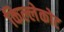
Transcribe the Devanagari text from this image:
किल्लेकोट